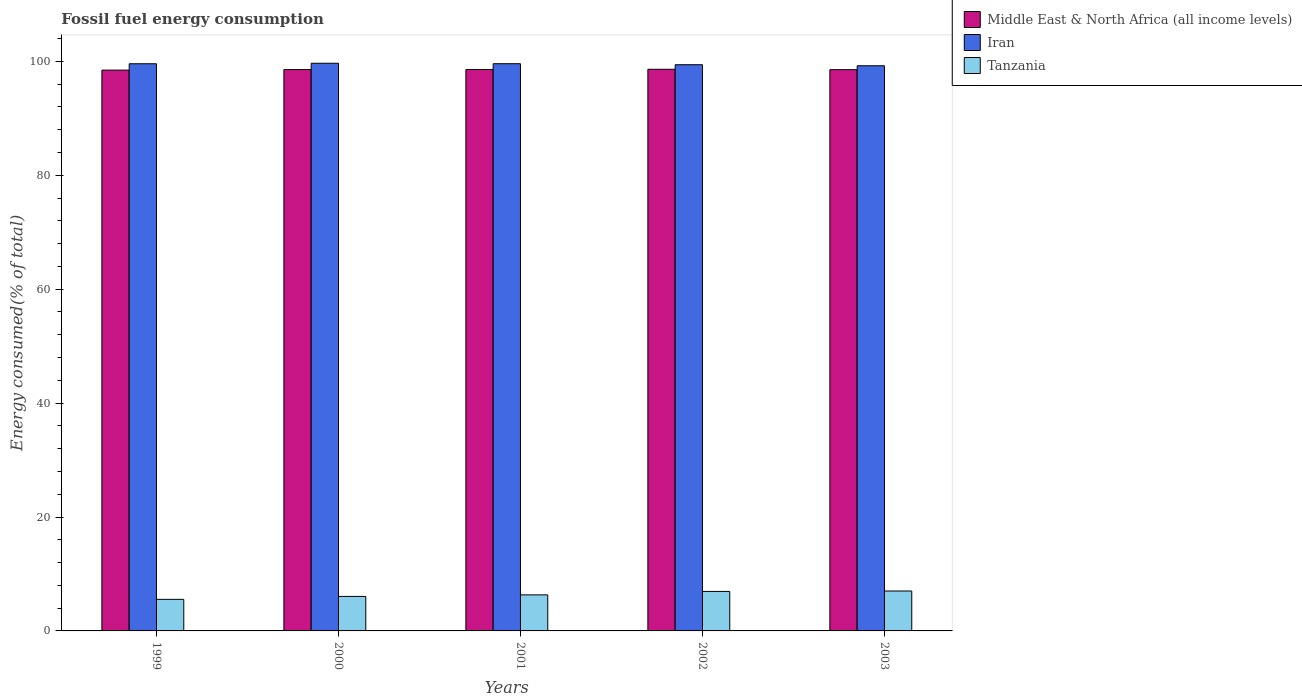
| Years | Middle East & North Africa (all income levels) | Iran | Tanzania |
 | --- | --- | --- | --- |
 | 1999 | 98.5 | 99.6 | 5.54 |
 | 2000 | 98.6 | 99.7 | 6.06 |
 | 2001 | 98.6 | 99.6 | 6.33 |
 | 2002 | 98.6 | 99.4 | 6.93 |
 | 2003 | 98.5 | 99.2 | 7.01 |